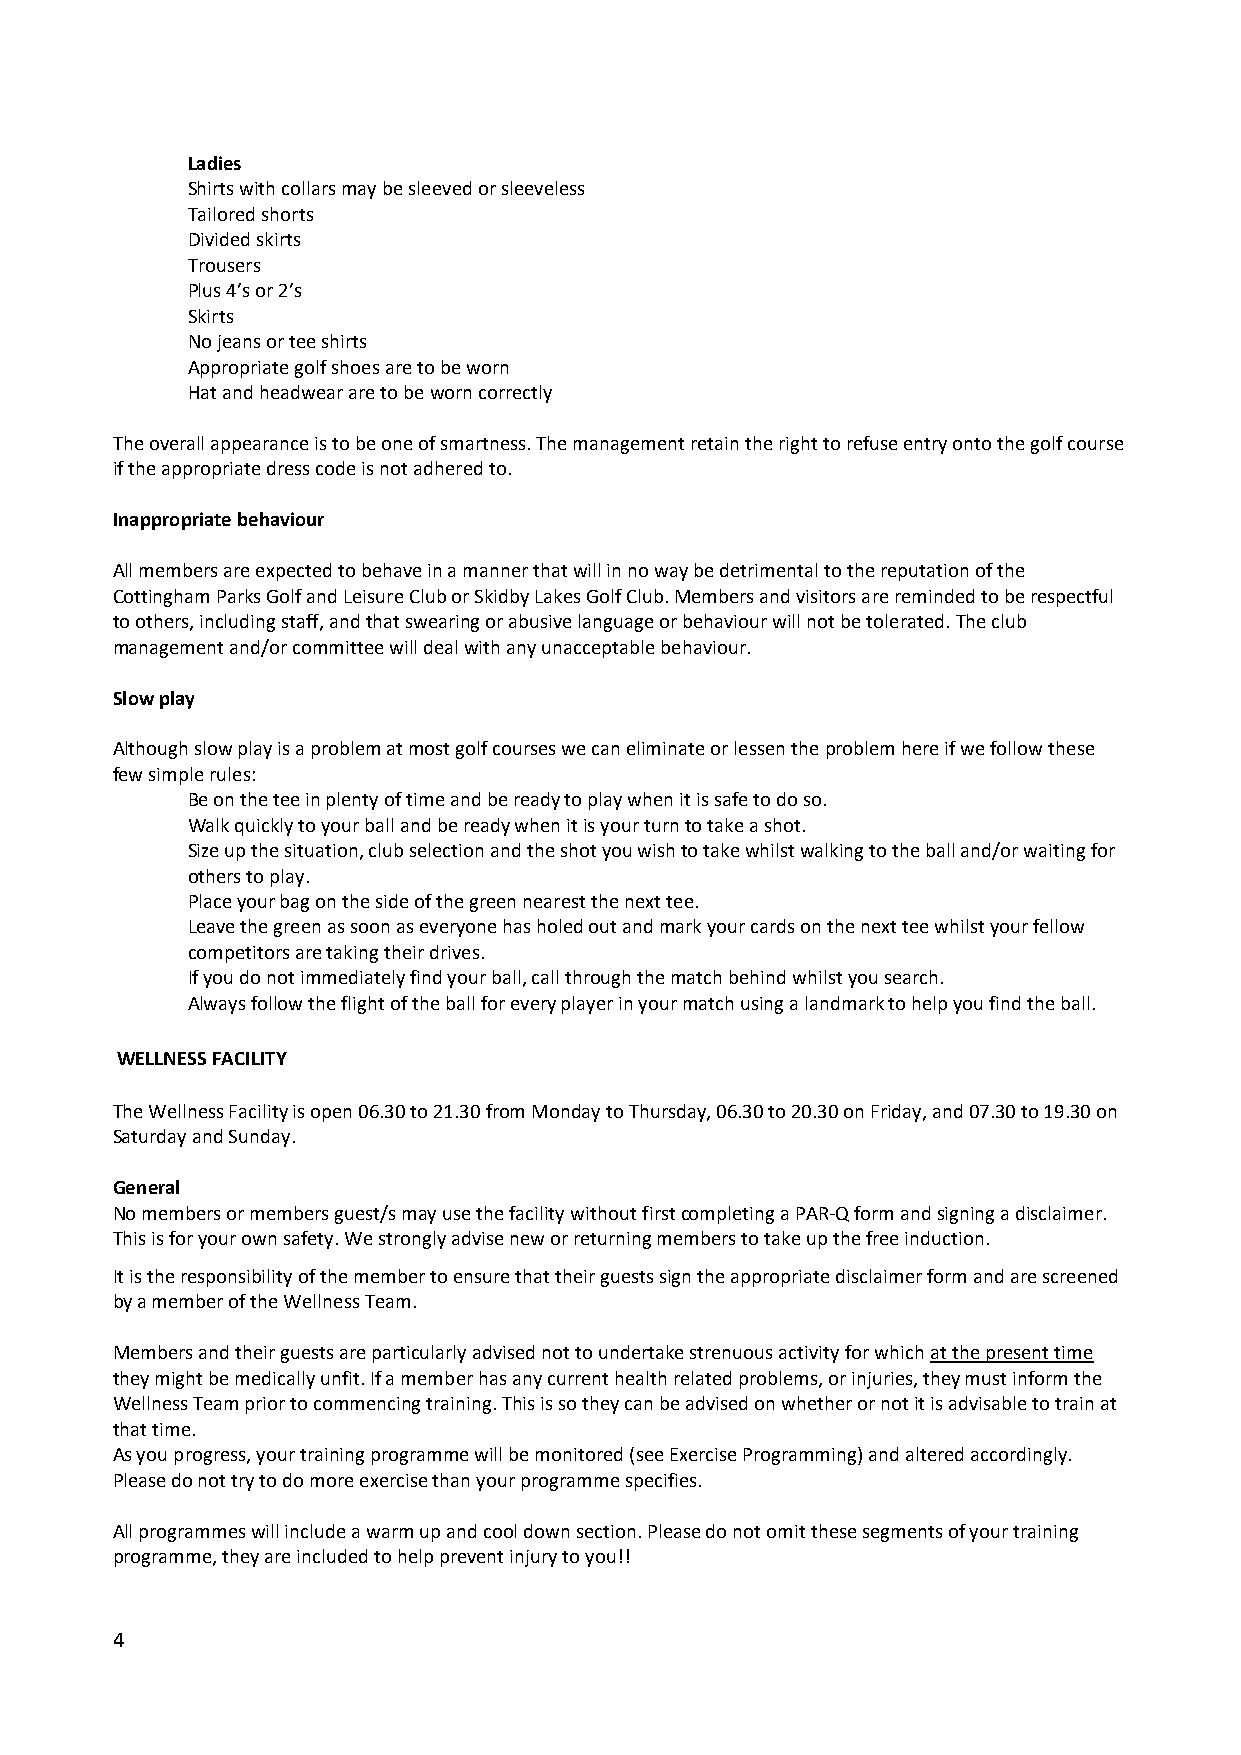
Ladies
 Shirts with collars may be sleeved or sleeveless
 Tailored shorts
 Divided skirts
 Trousers
 Plus 4’s or 2’s
 Skirts
 No jeans or tee shirts
 Appropriate golf shoes are to be worn
 Hat and headwear are to be worn correctly
 The overall appearance is to be one of smartness. The management retain the right to refuse entry onto the golf course
 if the appropriate dress code is not adhered to.
 Inappropriate behaviour
 All members are expected to behave in a manner that will in no way be detrimental to the reputation of the
 Cottingham Parks Golf and Leisure Club or Skidby Lakes Golf Club. Members and visitors are reminded to be respectful
 to others, including staff, and that swearing or abusive language or behaviour will not be tolerated. The club
 management and/or committee will deal with any unacceptable behaviour.
 Slow play
 Although slow play is a problem at most golf courses we can eliminate or lessen the problem here if we follow these
 few simple rules:
 Be on the tee in plenty of time and be ready to play when it is safe to do so.
 Walk quickly to your ball and be ready when it is your turn to take a shot.
 Size up the situation, club selection and the shot you wish to take whilst walking to the ball and/or waiting for
 others to play.
 Place your bag on the side of the green nearest the next tee.
 Leave the green as soon as everyone has holed out and mark your cards on the next tee whilst your fellow
 competitors are taking their drives.
 If you do not immediately find your ball, call through the match behind whilst you search.
 Always follow the flight of the ball for every player in your match using a landmark to help you find the ball.
 WELLNESS FACILITY
 The Wellness Facility is open 06.30 to 21.30 from Monday to Thursday, 06.30 to 20.30 on Friday, and 07.30 to 19.30 on
 Saturday and Sunday.
 General
 No members or members guest/s may use the facility without first completing a PAR-Q form and signing a disclaimer.
 This is for your own safety. We strongly advise new or returning members to take up the free induction.
 It is the responsibility of the member to ensure that their guests sign the appropriate disclaimer form and are screened
 by a member of the Wellness Team.
 Members and their guests are particularly advised not to undertake strenuous activity for which at the present time
 they might be medically unfit. If a member has any current health related problems, or injuries, they must inform the
 Wellness Team prior to commencing training. This is so they can be advised on whether or not it is advisable to train at
 that time.
 As you progress, your training programme will be monitored (see Exercise Programming) and altered accordingly.
 Please do not try to do more exercise than your programme specifies.
 All programmes will include a warm up and cool down section. Please do not omit these segments of your training
 programme, they are included to help prevent injury to you!!
 4